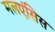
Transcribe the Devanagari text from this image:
मलएंसिस